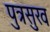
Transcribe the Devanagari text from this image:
पुत्रसुख